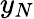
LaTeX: y_{N}